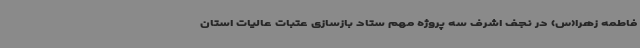
فاطمه زهرا(س) در نجف اشرف سه پروژه مهم ستاد بازسازی عتبات عالیات استان